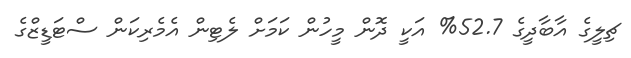
ޗިލީގެ އާބާދީގެ 52.7% އަކީ ދޮން މީހުން ކަމަށް ލެޓިން އެމެރިކަން ސްޓަޑީޒްގެ